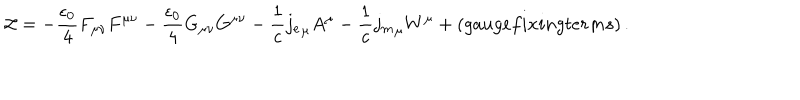
LaTeX: { \cal L } = - \frac { \epsilon _ { 0 } } { 4 } F _ { \mu \nu } F ^ { \mu \nu } - \frac { \epsilon _ { 0 } } { 4 } G _ { \mu \nu } G ^ { \mu \nu } - \frac { 1 } { c } { j _ { e } } _ { \mu } A ^ { \mu } - \frac { 1 } { c } { j _ { m } } _ { \mu } W ^ { \mu } + ( g a u g e f i x i n g t e r m s ) \, .